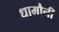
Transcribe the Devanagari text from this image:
धामौनी